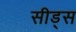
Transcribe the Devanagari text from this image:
सीड्‌स